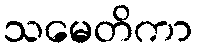
သမေတိကာ